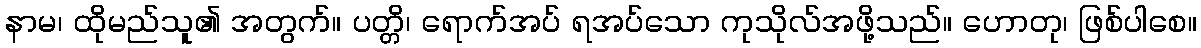
နာမ၊ ထိုမည်သူ၏ အတွက်။ ပတ္တိ၊ ရောက်အပ် ရအပ်သော ကုသိုလ်အဖို့သည်။ ဟောတု၊ ဖြစ်ပါစေ။